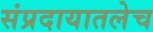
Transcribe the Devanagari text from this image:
संप्रदायातलेच